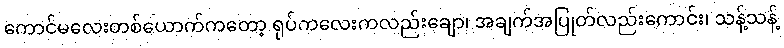
ကောင်မလေးတစ်ယောက်ကတော့ ရုပ်ကလေးကလည်းချော၊ အချက်အပြုတ်လည်းကောင်း၊ သန့်သန့်